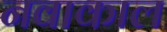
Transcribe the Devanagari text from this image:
नवाकाल